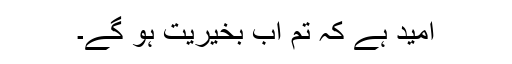
امید ہے کہ تم اب بخیریت ہو گے۔